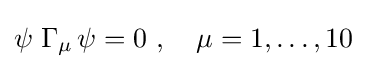
\psi \;\Gamma _{\mu }\,\psi =0~,\quad \mu =1,\dots ,10